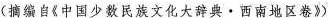
(编自《中国少数民族文化大验典·而南地区》）